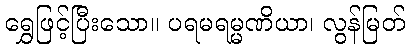
ရွှေဖြင့်ပြီးသော။ ပရမရမ္မဏိယာ၊ လွန်မြတ်